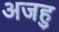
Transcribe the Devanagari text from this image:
अजहु